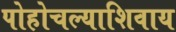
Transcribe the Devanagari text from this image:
पोहोचल्याशिवाय